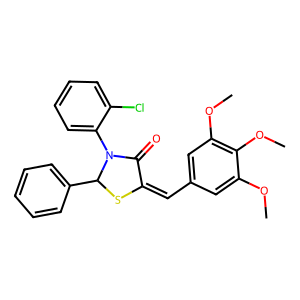
SMILES: COc1cc(C=C2SC(c3ccccc3)N(c3ccccc3Cl)C2=O)cc(OC)c1OC
Inhibits HIV replication: No